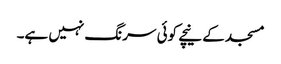
مسجد کے نیچے کوئی سرنگ نہیں ہے۔